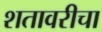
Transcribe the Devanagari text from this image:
शतावरीचा